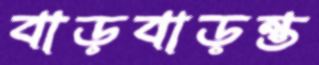
বাড়বাড়ন্ত